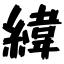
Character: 緯